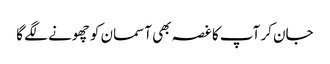
جان کر آپ کا غصہ بھی آسمان کو چھونے لگے گا